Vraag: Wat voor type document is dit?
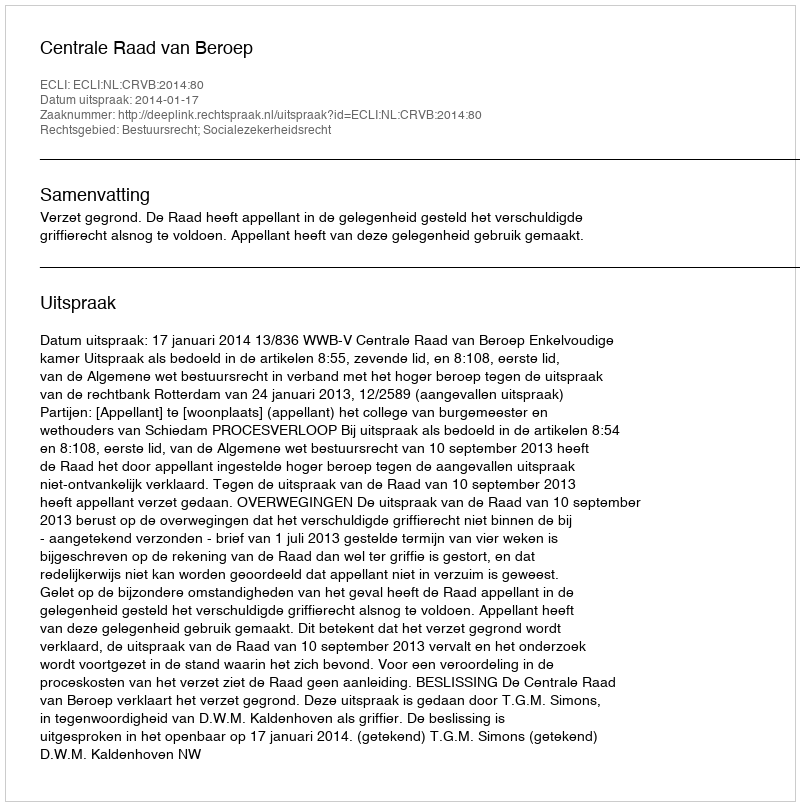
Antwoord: Uitspraak